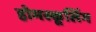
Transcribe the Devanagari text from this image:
होमस्कूलिंग